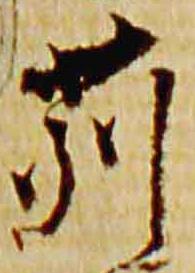
苅